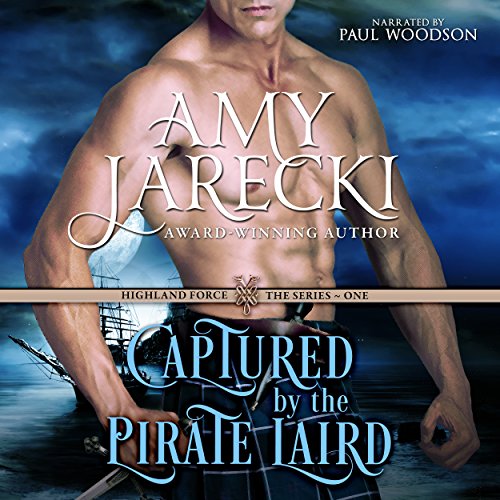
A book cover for Captured by the Pirate Laird: Highland Force, Book 1; Amy Jarecki; Romance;